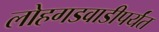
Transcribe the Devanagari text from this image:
लोहगडवाडीपर्यंत